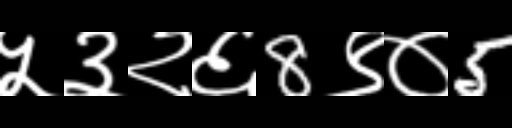
Text: ५३२६8९०5